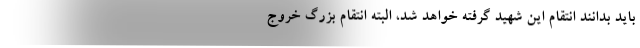
باید بدانند انتقام این شهید گرفته خواهد شد، البته انتقام بزرگ خروج